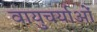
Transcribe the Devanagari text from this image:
वायुचर्याओं